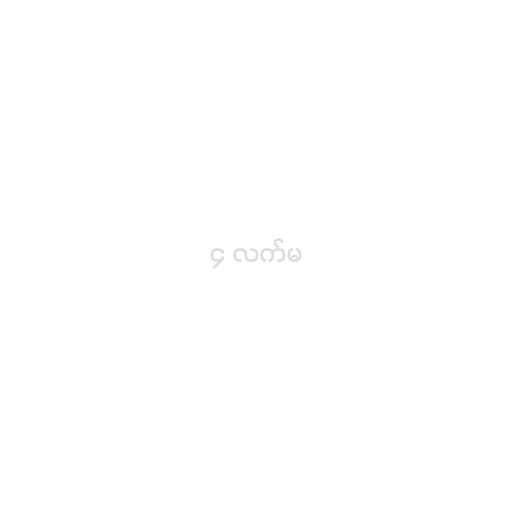
၄ လက်မ